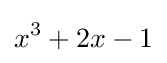
x^{3}+2x-1